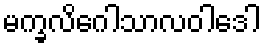
မက္ခလိဂေါသာလဝါဒေါ